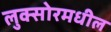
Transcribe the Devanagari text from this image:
लुक्सोरमधील